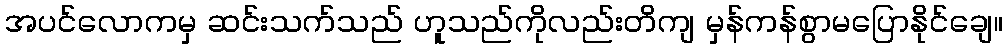
အပင်လောကမှ ဆင်းသက်သည် ဟူသည်ကိုလည်းတိကျ မှန်ကန်စွာမပြောနိုင်ချေ။